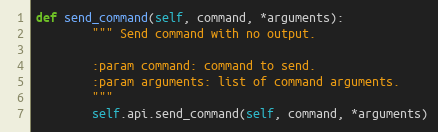
Language: Python
def send_command(self, command, *arguments):
        """ Send command with no output.

        :param command: command to send.
        :param arguments: list of command arguments.
        """
        self.api.send_command(self, command, *arguments)